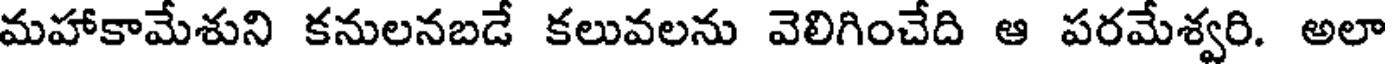
మహాకామేశుని కనులనబడే కలువలను వెలిగించేది ఆ పరమేశ్వరి. అలా